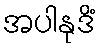
အပါနုဒိံ